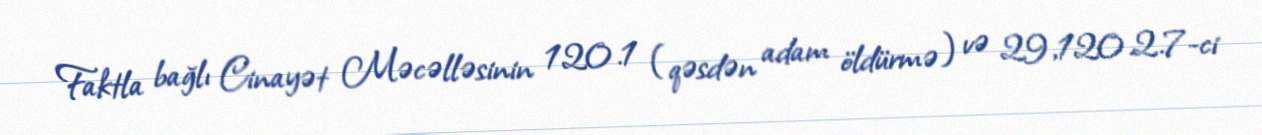
Faktla bağlı Cinayət Məcəlləsinin 120.1 (qəsdən adam öldürmə) və 29,120.2.7-ci